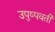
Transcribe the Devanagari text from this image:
उपुष्पवती